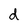
Character: d